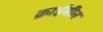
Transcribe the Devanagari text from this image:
क्राईमीन